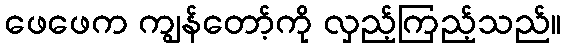
ဖေဖေက ကျွန်တော့်ကို လှည့်ကြည့်သည်။